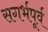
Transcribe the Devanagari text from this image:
सगर्भपूर्व